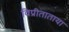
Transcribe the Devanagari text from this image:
विप्रीताताया